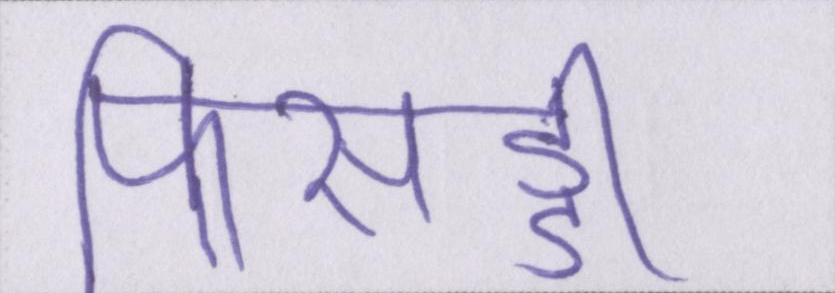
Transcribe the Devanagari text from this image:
फिसड्डी